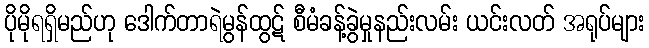
ပိုမိုရရှိမည်ဟု ဒေါက်တာရဲမွန်ထွဋ် စီမံခန့်ခွဲမှုနည်းလမ်း ယင်းလတ် အရုပ်များ